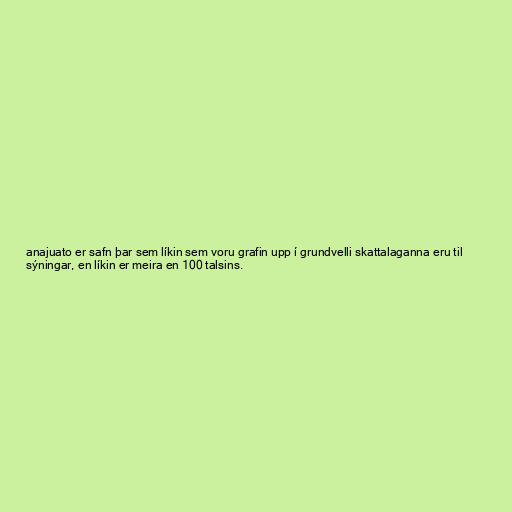
anajuato er safn þar sem líkin sem voru grafin upp í grundvelli skattalaganna eru til
sýningar, en líkin er meira en 100 talsins.